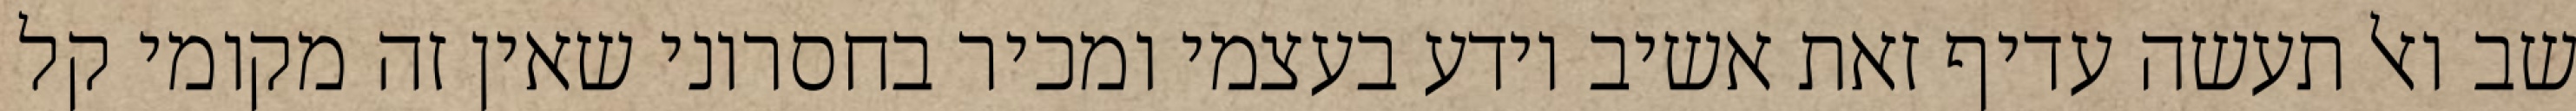
שב ואל תעשה עדיף זאת אשיב יודע בעצמי ומכיר בחסרוני שאין זה מקומי קל